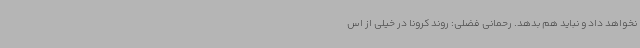
نخواهد داد و نباید هم بدهد. رحمانی فضلی: روند کرونا در خیلی از اس